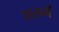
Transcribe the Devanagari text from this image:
।इसमें